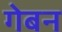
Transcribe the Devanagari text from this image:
गेबन